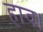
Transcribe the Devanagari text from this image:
हाव।